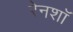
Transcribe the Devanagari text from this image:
रेनशॉ